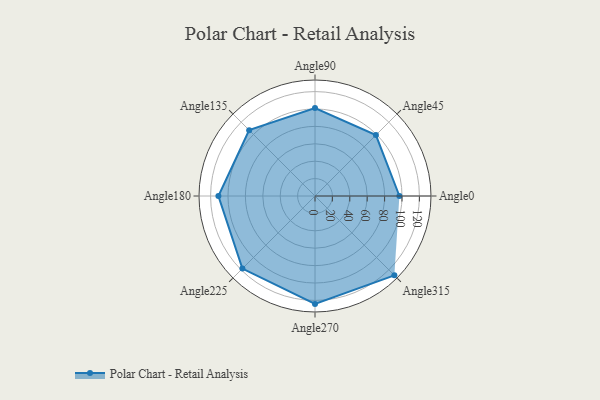
{"axis": {"x": "Angle", "y": "Radius"}, "legend": [""], "data": [{"x": "Angle0", "y": 97.0, "type": ""}, {"x": "Angle45", "y": 99.0, "type": ""}, {"x": "Angle90", "y": 101.0, "type": ""}, {"x": "Angle135", "y": 107.0, "type": ""}, {"x": "Angle180", "y": 111.0, "type": ""}, {"x": "Angle225", "y": 118.0, "type": ""}, {"x": "Angle270", "y": 124.0, "type": ""}, {"x": "Angle315", "y": 129.0, "type": ""}]}